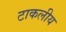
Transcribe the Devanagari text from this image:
टाकलीय